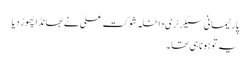
پارلیمانی سیکرٹری داخلہ شوکت علی نے بھانڈا پھوڑ دیا
یہ تو ہونا ہی تھا۔